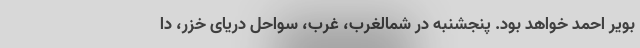
بویر احمد خواهد بود. پنجشنبه در شمالغرب، غرب، سواحل دریای خزر، دا